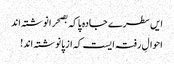
ایں سطرے جادہ پا کہ بصحرا نوشتہ اند
احوالِ رفتہ ایست کہ از پا نوشتہ اند!